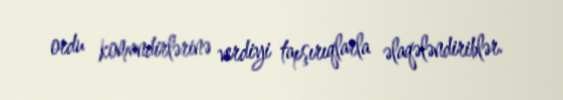
ordu komandirlərinə verdiyi tapşırıqlarla əlaqələndiriblər.